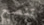
تنصح